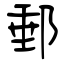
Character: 郵